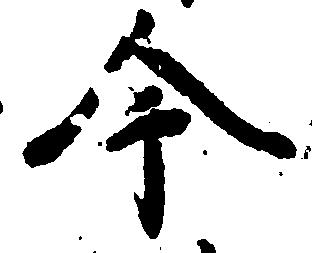
今